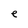
Character: e